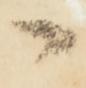
々